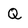
Character: Q